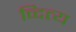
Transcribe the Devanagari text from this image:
व्दित्य